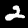
Digit: 2